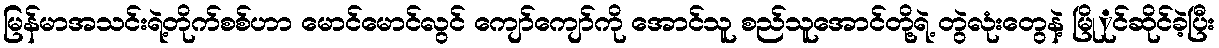
မြန်မာအသင်းရဲ့တိုက်စစ်ဟာ မောင်မောင်လွင် ကျော်ကျော်ကို အောင်သူ စည်သူအောင်တို့ရဲ့ တွဲလုံးတွေနဲ့ မြိုုင်ဆိုင်ခဲ့ပြီး